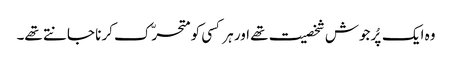
وہ ایک پُرجوش شخصیت تھے اور ہر کسی کو متحرّک کرنا جانتے تھے۔